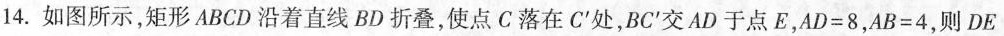
14. 如图所示，矩形 ABCD 沿着直线 BD 折叠，使点 C 落在 C^{'} 处，BC^{'} 交AD于点E，$$A D = 8$$，$$A B = 4$$，则DE